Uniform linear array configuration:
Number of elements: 8
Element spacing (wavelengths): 0.75
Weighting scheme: hann
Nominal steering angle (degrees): -45
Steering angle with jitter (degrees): -45.74
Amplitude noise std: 0.05
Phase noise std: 0.05

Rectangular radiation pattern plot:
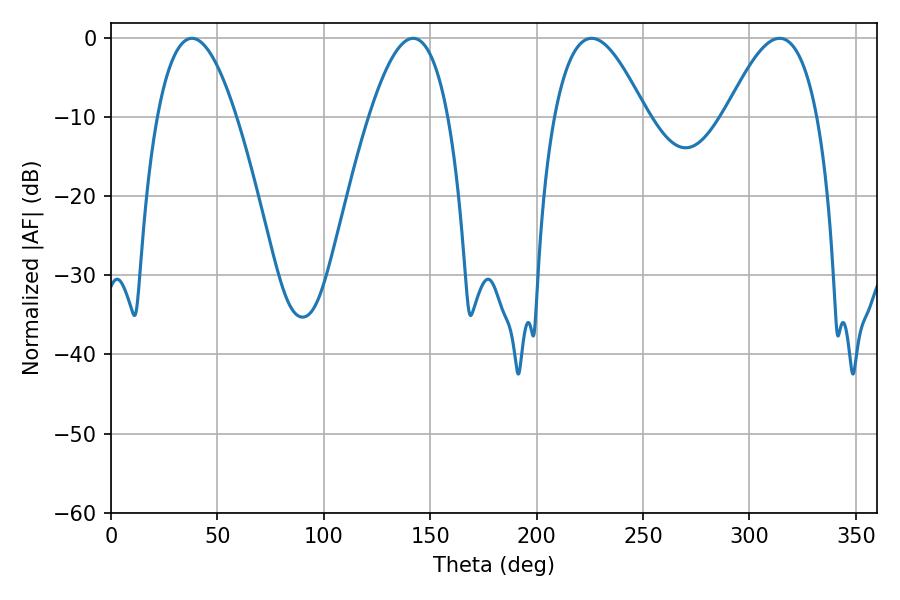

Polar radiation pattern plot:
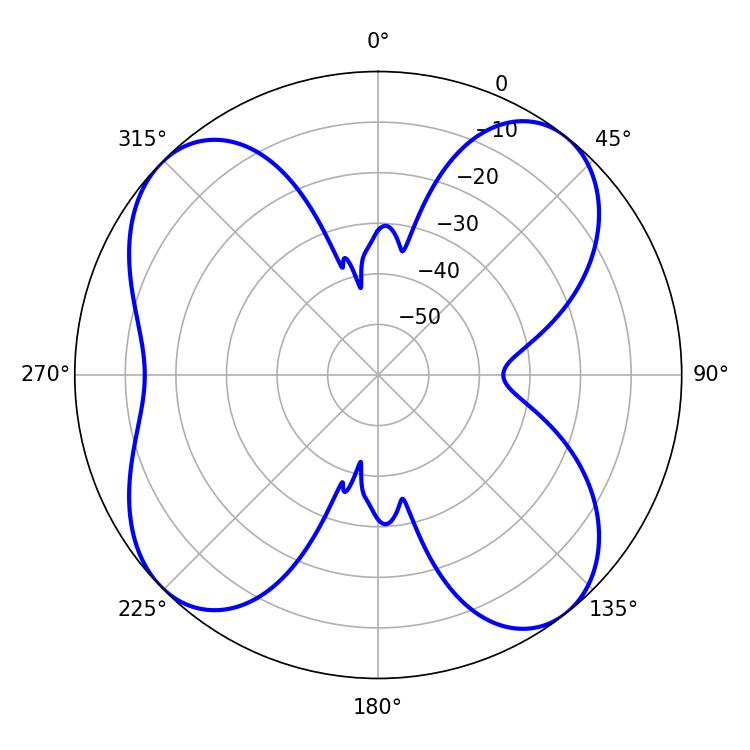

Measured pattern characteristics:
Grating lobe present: TRUE
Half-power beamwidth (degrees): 20.34
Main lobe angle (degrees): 37.98